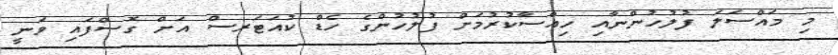
މި މައްސަލަ ފުލުހުންނާއި ހިއްސާކުރުމަށް ފުލުުހުންގެ ހެޑް ކުއަޓަރސް އަށް ގޮސްފައި ވަނީ